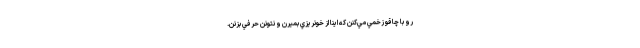
رو با چاقو زخمي مي‌كنن كه اينا از خونريزي بميرن و نتونن حرفي بزنن.